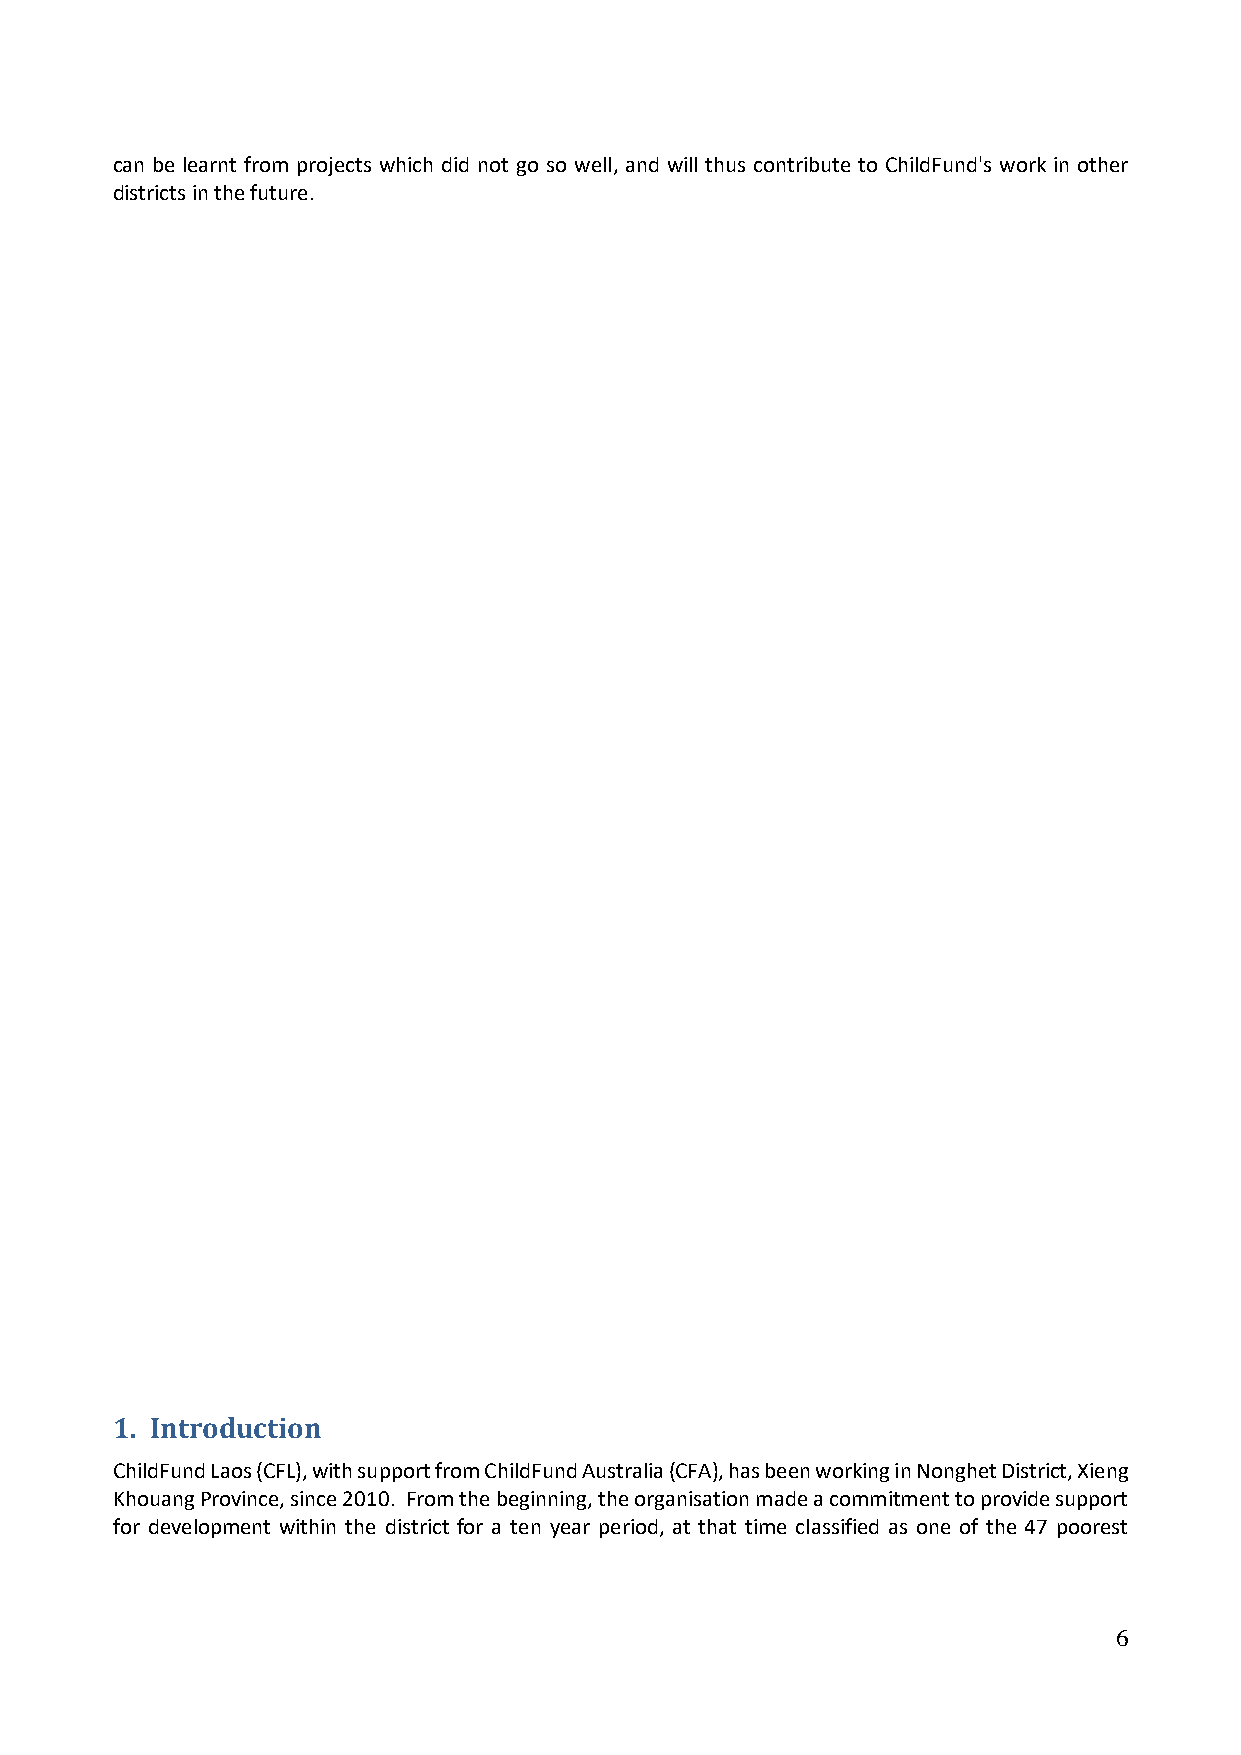
can be learnt from projects which did not go so well, and will thus contribute to ChildFund's work in other
 districts in the future.APPEN
 DIX
 1. Introduction
 ChildFund Laos (CFL), with support from ChildFund Australia (CFA), has been working in Nonghet District, Xieng
 Khouang Province, since 2010. From the beginning, the organisation made a commitment to provide support
 for development within the district for a ten year period, at that time classified as one of the 47 poorest
 6